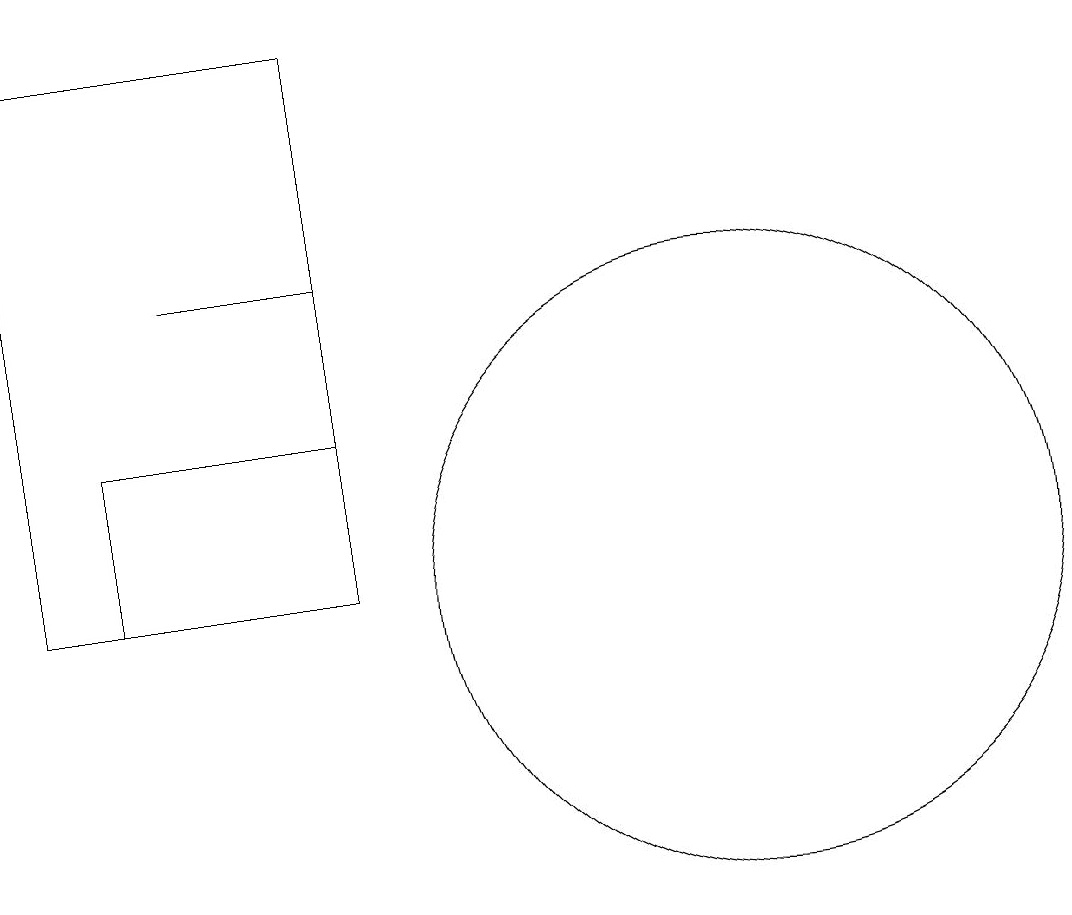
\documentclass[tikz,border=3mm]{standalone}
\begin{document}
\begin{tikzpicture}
\draw (4,15) rectangle (6,15);
\draw (11,11) circle (4);
\draw (2,18) rectangle (6,11);
\draw (10,12) circle (0);
\draw (6,11) rectangle (3,13);
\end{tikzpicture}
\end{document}